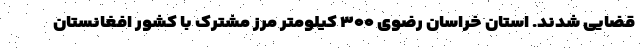
قضایی شدند. استان خراسان رضوی ۳۰۰ کیلومتر مرز مشترک با کشور افغانستان